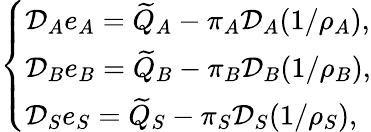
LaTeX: \left\{ \begin{array}{ll}{\mathcal{D}_{A}e_{A}=\widetilde{Q}_{A}-\pi_{A}\mathcal{D}_{A}(1/\rho_{A}),}\\ {\mathcal{D}_{B}e_{B}=\widetilde{Q}_{B}-\pi_{B}\mathcal{D}_{B}(1/\rho_{B}),}\\ {\mathcal{D}_{S}e_{S}=\widetilde{Q}_{S}-\pi_{S}\mathcal{D}_{S}(1/\rho_{S}),}\end{array}\right.